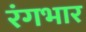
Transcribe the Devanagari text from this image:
रंगभार